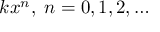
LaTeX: k x ^ { n } , \; n = 0 , 1 , 2 , \ldots